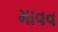
માવવ